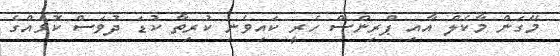
މޭގަން މާކެލް އާއި ޕްރިންސް ހެރީ ކައިވެނި ކުރިތާ ކުޑަ ދުވަސް ކޮޅެއްގެ